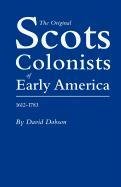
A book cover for The Original Scots Colonists of Early America, 1612-1783; David Dobson; Reference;